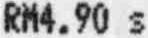
RM4.90 S